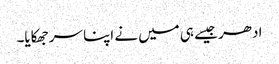
ادھر جیسے ہی میں نے اپنا سر جھکایا۔